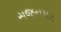
સજનપર